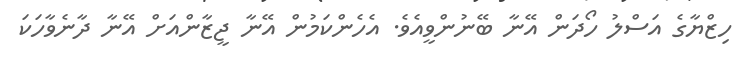
ހިޒްޔާގެ އަސްލު ހޯދަން އޭނާ ބޭނުންވީއެވެ. އެހެންކަމުން އޭނާ ޖީޒާންއަށް އޭނާ ދާނެވާހަކަ